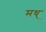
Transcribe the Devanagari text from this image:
मध्